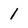
Character: 1